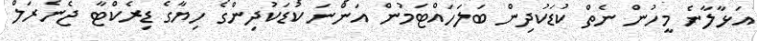
އަޅާލާނެ މީހުން ނެތް ކުޑަކުދިން ބަލަހައްޓަމުން އަންނަ ކުޑަކުދިންގެ ހިޔާގެ ޑިރެކްޓާ ޖެނެރަލް